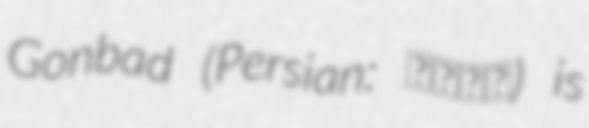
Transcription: Gonbad (Persian: گنبد) is